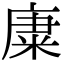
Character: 𥹺